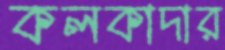
কলকাদার